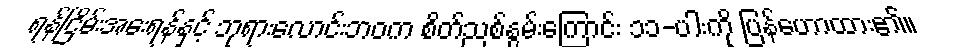
ရန်ငြိမ်းအေးရန်နှင့် ဘုရားလောင်းဘဝက စိတ်ညစ်နွမ်းကြောင်း ၁၁-ပါးကို ပြန်ဟောထား၏။